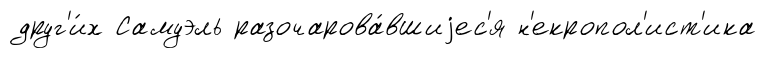
друг'и́х Самуэль разочарова́вшиjес'я н'екропол'ист'ика